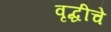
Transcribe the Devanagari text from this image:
वृद्धीचे